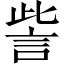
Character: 訾